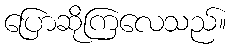
ပြောဆိုကြလေသည်။